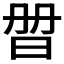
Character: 𣆑